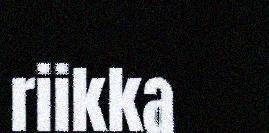
riikka